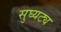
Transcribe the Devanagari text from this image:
सुघ्यट्य